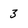
Character: 3